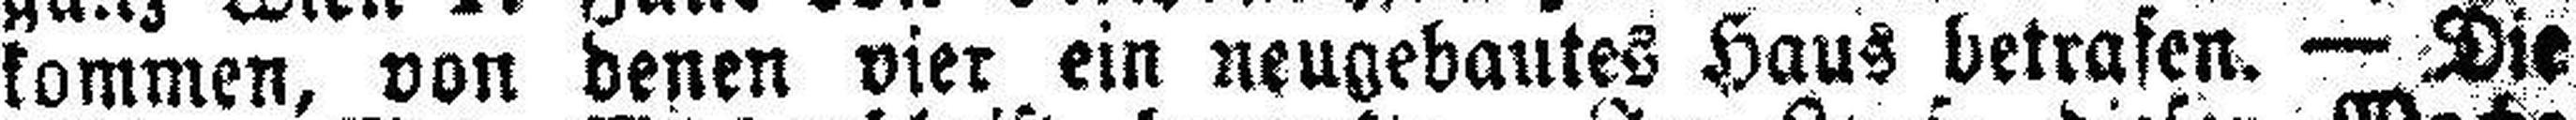
kommen, von denen vier ein neugebautes Haus betrafen. — Die